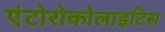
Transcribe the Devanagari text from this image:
एंटोरोकोलाइटिस